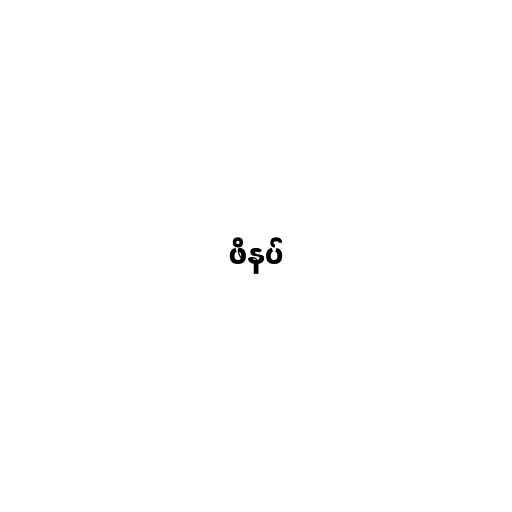
ဖိနပ်